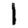
Digit: 1